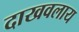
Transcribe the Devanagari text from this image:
दाखवलाय